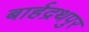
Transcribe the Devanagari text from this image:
बार्हद्रथपुर